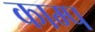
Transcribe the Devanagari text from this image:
काम्प